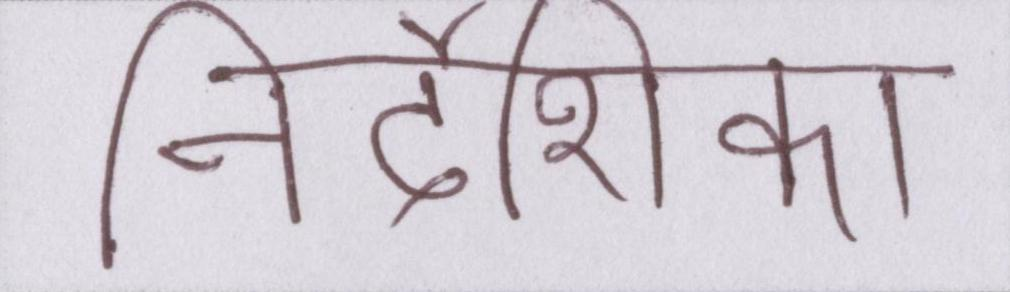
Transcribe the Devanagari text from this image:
निर्देशिका